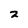
Character: 2